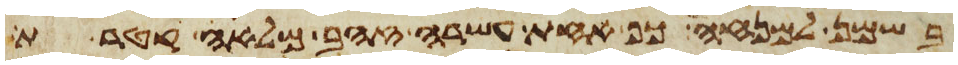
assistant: בשמן למנחה כף אחת עשרה זהב מלאה קטרת